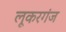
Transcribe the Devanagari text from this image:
लूकरगंज